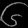
Digit: ၆